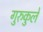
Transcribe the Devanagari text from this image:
गुरुकुले